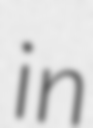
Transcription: in